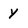
Character: y